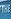
the